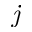
\textit { j }